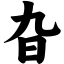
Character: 旮